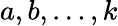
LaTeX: a,b,\ldots,k